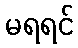
မရရင်